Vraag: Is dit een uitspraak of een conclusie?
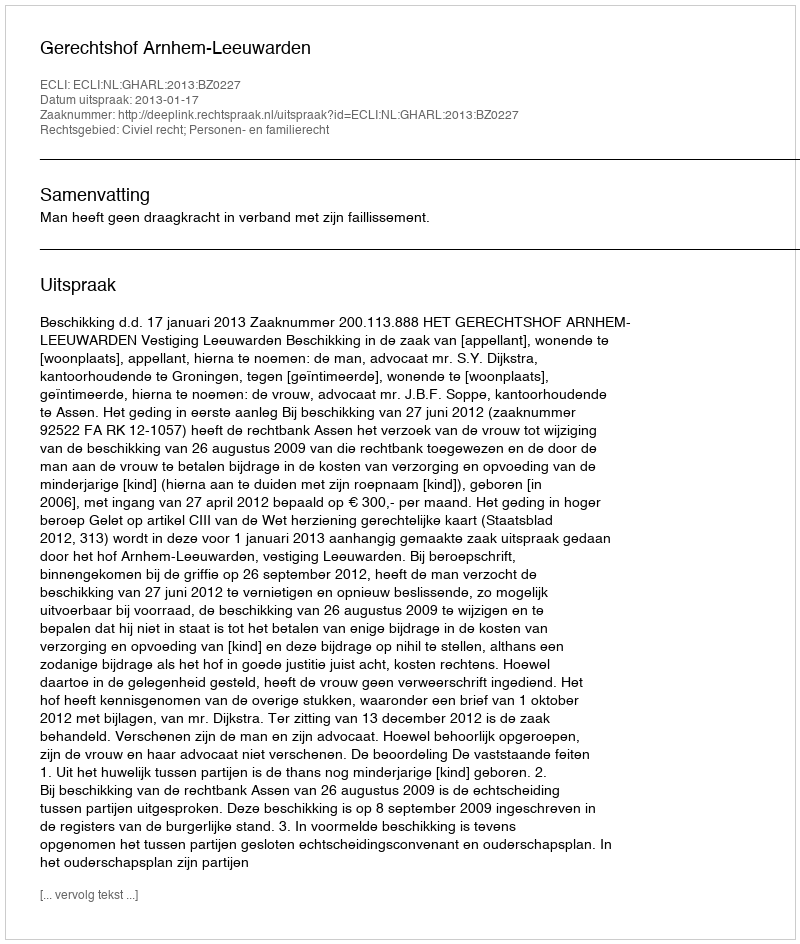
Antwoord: Uitspraak